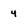
Character: 4